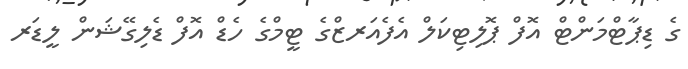
ގެ ޑިޕާޓްމަންޓް އޮފް ޕޮލިޓިކަލް އެފެއަރޒްގެ ޓީމްގެ ހެޑް އޮފް ޑެލިގޭޝަން ލީޑަރ